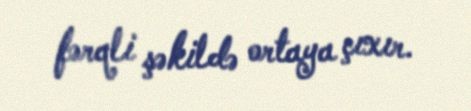
fərqli şəkildə ortaya çıxır.